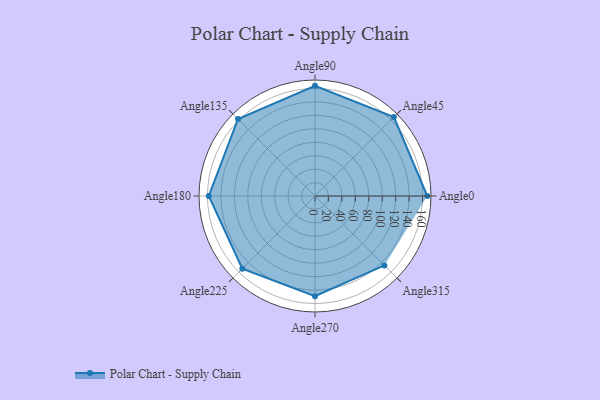
{"axis": {"x": "Angle", "y": "Radius"}, "legend": [""], "data": [{"x": "Angle0", "y": 167.0, "type": ""}, {"x": "Angle45", "y": 166.0, "type": ""}, {"x": "Angle90", "y": 164.0, "type": ""}, {"x": "Angle135", "y": 162.0, "type": ""}, {"x": "Angle180", "y": 158.0, "type": ""}, {"x": "Angle225", "y": 153.0, "type": ""}, {"x": "Angle270", "y": 149.0, "type": ""}, {"x": "Angle315", "y": 146.0, "type": ""}]}